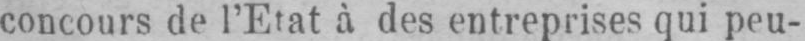
concours de l’Etat à des entreprises qui peu-